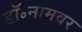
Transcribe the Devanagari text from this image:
डॉ॰नामवर